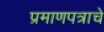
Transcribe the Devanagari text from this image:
प्रमाणपत्राचे